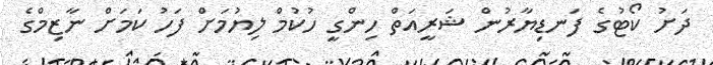
ދަށު ކޯޓުގެ ފަނޑިޔާރުން ޝަރީއަތް ހިންގީ ހުކުމް ލިޔުމަށް ފަހު ކަމަށް ނާޒިމްގެ